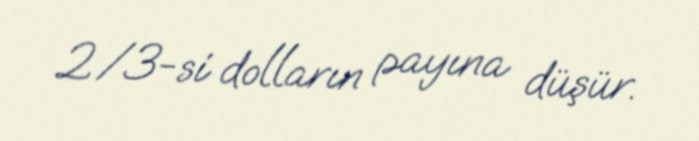
2/3-si dolların payına düşür.